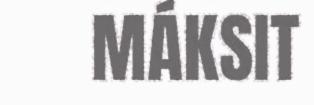
MÁKSIT